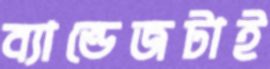
ব্যান্ডেজটাই